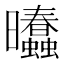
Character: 𰖾